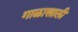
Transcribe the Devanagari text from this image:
गाळाखाली